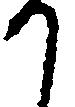
か